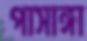
পাসাঙ্গা